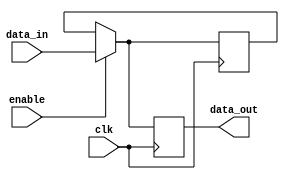
module DisableBlock (
    input wire clk,            // Clock signal
    input wire enable,         // Control signal to enable/disable the block
    input wire [N-1:0] data_in, // Input data (N-bit wide)
    output reg [N-1:0] data_out // Output data (N-bit wide)
);
    parameter N = 8; // Parameter to define the width of the data

    // Internal state to hold the last valid output when disabled
    reg [N-1:0] last_valid_output;

    always @(posedge clk) begin
        if (enable) begin
            // When enabled, process the input data
            data_out <= data_in; 
            last_valid_output <= data_in; // Store the last valid output
        end else begin
            // When disabled, hold the last valid output
            data_out <= last_valid_output; 
        end
    end

endmodule